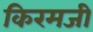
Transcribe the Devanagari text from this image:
किरमजी